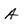
Character: A